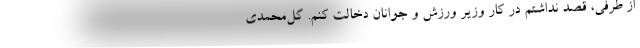
از طرفی، قصد نداشتم در کار وزیر ورزش و جوانان دخالت کنم. گل‌محمدی